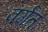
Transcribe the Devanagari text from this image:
वर्गत